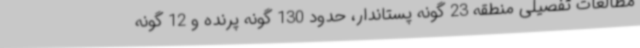
مطالعات تفصیلی منطقه 23 گونه پستاندار، حدود 130 گونه پرنده و 12 گونه